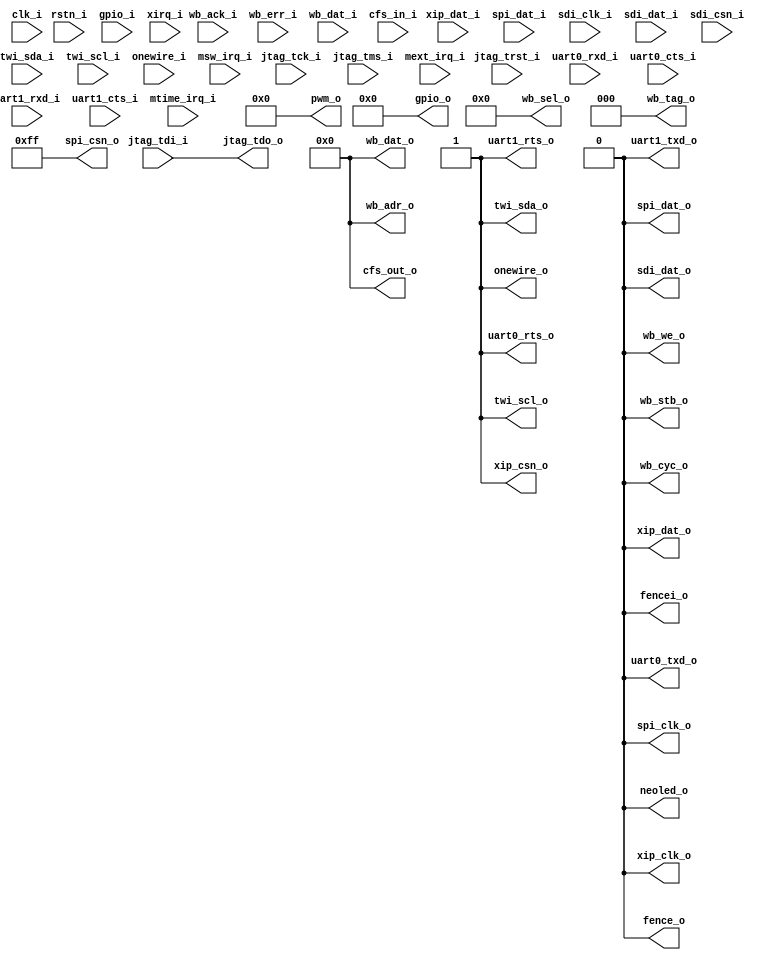
/* Generated by Yosys 0.18+10 (git sha1 131a935a1, gcc 11.2.1 -fPIC -Os) */

module neorv32_top(clk_i, rstn_i, jtag_trst_i, jtag_tck_i, jtag_tdi_i, jtag_tdo_o, jtag_tms_i, wb_we_o, wb_stb_o, wb_cyc_o, wb_ack_i, wb_err_i, fence_o, fencei_o, xip_csn_o, xip_clk_o, xip_dat_i, xip_dat_o, uart0_txd_o, uart0_rxd_i, uart0_rts_o
, uart0_cts_i, uart1_txd_o, uart1_rxd_i, uart1_rts_o, uart1_cts_i, spi_clk_o, spi_dat_o, spi_dat_i, sdi_clk_i, sdi_dat_o, sdi_dat_i, sdi_csn_i, twi_sda_i, twi_sda_o, twi_scl_i, twi_scl_o, onewire_i, onewire_o, neoled_o, mtime_irq_i, msw_irq_i
, mext_irq_i, wb_adr_o, wb_dat_i, wb_dat_o, wb_sel_o, gpio_o, gpio_i, spi_csn_o, pwm_o, cfs_in_i, cfs_out_o, xirq_i, wb_tag_o);
  input [31:0] cfs_in_i;
  output [31:0] cfs_out_o;
  input clk_i;
  output fence_o;
  output fencei_o;
  input [63:0] gpio_i;
  output [63:0] gpio_o;
  input jtag_tck_i;
  input jtag_tdi_i;
  output jtag_tdo_o;
  input jtag_tms_i;
  input jtag_trst_i;
  input mext_irq_i;
  input msw_irq_i;
  input mtime_irq_i;
  output neoled_o;
  input onewire_i;
  output onewire_o;
  output [11:0] pwm_o;
  input rstn_i;
  input sdi_clk_i;
  input sdi_csn_i;
  input sdi_dat_i;
  output sdi_dat_o;
  output spi_clk_o;
  output [7:0] spi_csn_o;
  input spi_dat_i;
  output spi_dat_o;
  input twi_scl_i;
  output twi_scl_o;
  input twi_sda_i;
  output twi_sda_o;
  input uart0_cts_i;
  output uart0_rts_o;
  input uart0_rxd_i;
  output uart0_txd_o;
  input uart1_cts_i;
  output uart1_rts_o;
  input uart1_rxd_i;
  output uart1_txd_o;
  input wb_ack_i;
  output [31:0] wb_adr_o;
  output wb_cyc_o;
  input [31:0] wb_dat_i;
  output [31:0] wb_dat_o;
  input wb_err_i;
  output [3:0] wb_sel_o;
  output wb_stb_o;
  output [2:0] wb_tag_o;
  output wb_we_o;
  output xip_clk_o;
  output xip_csn_o;
  input xip_dat_i;
  output xip_dat_o;
  input [31:0] xirq_i;
  (* src = "/home/users/najeeb.afzal/Desktop/work/RS_work/Raptor_bashing/bashing_0/EDA-JI2/./rtl/core/neorv32_top.vhd:223" *)
  (* src = "/home/users/najeeb.afzal/Desktop/work/RS_work/Raptor_bashing/bashing_0/EDA-JI2/./rtl/core/neorv32_top.vhd:223" *)
  wire [31:0] cfs_in_i;
  (* src = "/home/users/najeeb.afzal/Desktop/work/RS_work/Raptor_bashing/bashing_0/EDA-JI2/./rtl/core/neorv32_top.vhd:224" *)
  (* src = "/home/users/najeeb.afzal/Desktop/work/RS_work/Raptor_bashing/bashing_0/EDA-JI2/./rtl/core/neorv32_top.vhd:224" *)
  wire [31:0] cfs_out_o;
  (* enum_value_0 = "\\\\'0'" *)
  (* enum_value_1 = "\\\\'1'" *)
  (* enum_value_x = "\\\\'U'" *)
  (* enum_value_z = "\\\\'Z'" *)
  (* src = "/home/users/najeeb.afzal/Desktop/work/RS_work/Raptor_bashing/bashing_0/EDA-JI2/./rtl/core/neorv32_top.vhd:149" *)
  (* wiretype = "\\\\std_ulogic" *)
  (* enum_value_0 = "\\\\'0'" *)
  (* enum_value_1 = "\\\\'1'" *)
  (* enum_value_x = "\\\\'U'" *)
  (* enum_value_z = "\\\\'Z'" *)
  (* src = "/home/users/najeeb.afzal/Desktop/work/RS_work/Raptor_bashing/bashing_0/EDA-JI2/./rtl/core/neorv32_top.vhd:149" *)
  (* wiretype = "\\\\std_ulogic" *)
  wire clk_i;
  (* enum_value_0 = "\\\\'0'" *)
  (* enum_value_1 = "\\\\'1'" *)
  (* enum_value_x = "\\\\'U'" *)
  (* enum_value_z = "\\\\'Z'" *)
  (* src = "/home/users/najeeb.afzal/Desktop/work/RS_work/Raptor_bashing/bashing_0/EDA-JI2/./rtl/core/neorv32_top.vhd:172" *)
  (* wiretype = "\\\\std_ulogic" *)
  (* enum_value_0 = "\\\\'0'" *)
  (* enum_value_1 = "\\\\'1'" *)
  (* enum_value_x = "\\\\'U'" *)
  (* enum_value_z = "\\\\'Z'" *)
  (* src = "/home/users/najeeb.afzal/Desktop/work/RS_work/Raptor_bashing/bashing_0/EDA-JI2/./rtl/core/neorv32_top.vhd:172" *)
  (* wiretype = "\\\\std_ulogic" *)
  wire fence_o;
  (* enum_value_0 = "\\\\'0'" *)
  (* enum_value_1 = "\\\\'1'" *)
  (* enum_value_x = "\\\\'U'" *)
  (* enum_value_z = "\\\\'Z'" *)
  (* src = "/home/users/najeeb.afzal/Desktop/work/RS_work/Raptor_bashing/bashing_0/EDA-JI2/./rtl/core/neorv32_top.vhd:173" *)
  (* wiretype = "\\\\std_ulogic" *)
  (* enum_value_0 = "\\\\'0'" *)
  (* enum_value_1 = "\\\\'1'" *)
  (* enum_value_x = "\\\\'U'" *)
  (* enum_value_z = "\\\\'Z'" *)
  (* src = "/home/users/najeeb.afzal/Desktop/work/RS_work/Raptor_bashing/bashing_0/EDA-JI2/./rtl/core/neorv32_top.vhd:173" *)
  (* wiretype = "\\\\std_ulogic" *)
  wire fencei_o;
  (* src = "/home/users/najeeb.afzal/Desktop/work/RS_work/Raptor_bashing/bashing_0/EDA-JI2/./rtl/core/neorv32_top.vhd:183" *)
  (* src = "/home/users/najeeb.afzal/Desktop/work/RS_work/Raptor_bashing/bashing_0/EDA-JI2/./rtl/core/neorv32_top.vhd:183" *)
  wire [63:0] gpio_i;
  (* src = "/home/users/najeeb.afzal/Desktop/work/RS_work/Raptor_bashing/bashing_0/EDA-JI2/./rtl/core/neorv32_top.vhd:182" *)
  (* src = "/home/users/najeeb.afzal/Desktop/work/RS_work/Raptor_bashing/bashing_0/EDA-JI2/./rtl/core/neorv32_top.vhd:182" *)
  wire [63:0] gpio_o;
  (* enum_value_0 = "\\\\'0'" *)
  (* enum_value_1 = "\\\\'1'" *)
  (* enum_value_x = "\\\\'U'" *)
  (* enum_value_z = "\\\\'Z'" *)
  (* src = "/home/users/najeeb.afzal/Desktop/work/RS_work/Raptor_bashing/bashing_0/EDA-JI2/./rtl/core/neorv32_top.vhd:154" *)
  (* wiretype = "\\\\std_ulogic" *)
  (* enum_value_0 = "\\\\'0'" *)
  (* enum_value_1 = "\\\\'1'" *)
  (* enum_value_x = "\\\\'U'" *)
  (* enum_value_z = "\\\\'Z'" *)
  (* src = "/home/users/najeeb.afzal/Desktop/work/RS_work/Raptor_bashing/bashing_0/EDA-JI2/./rtl/core/neorv32_top.vhd:154" *)
  (* wiretype = "\\\\std_ulogic" *)
  wire jtag_tck_i;
  (* enum_value_0 = "\\\\'0'" *)
  (* enum_value_1 = "\\\\'1'" *)
  (* enum_value_x = "\\\\'U'" *)
  (* enum_value_z = "\\\\'Z'" *)
  (* src = "/home/users/najeeb.afzal/Desktop/work/RS_work/Raptor_bashing/bashing_0/EDA-JI2/./rtl/core/neorv32_top.vhd:155" *)
  (* wiretype = "\\\\std_ulogic" *)
  (* enum_value_0 = "\\\\'0'" *)
  (* enum_value_1 = "\\\\'1'" *)
  (* enum_value_x = "\\\\'U'" *)
  (* enum_value_z = "\\\\'Z'" *)
  (* src = "/home/users/najeeb.afzal/Desktop/work/RS_work/Raptor_bashing/bashing_0/EDA-JI2/./rtl/core/neorv32_top.vhd:155" *)
  (* wiretype = "\\\\std_ulogic" *)
  wire jtag_tdi_i;
  (* enum_value_0 = "\\\\'0'" *)
  (* enum_value_1 = "\\\\'1'" *)
  (* enum_value_x = "\\\\'U'" *)
  (* enum_value_z = "\\\\'Z'" *)
  (* src = "/home/users/najeeb.afzal/Desktop/work/RS_work/Raptor_bashing/bashing_0/EDA-JI2/./rtl/core/neorv32_top.vhd:156" *)
  (* wiretype = "\\\\std_ulogic" *)
  (* enum_value_0 = "\\\\'0'" *)
  (* enum_value_1 = "\\\\'1'" *)
  (* enum_value_x = "\\\\'U'" *)
  (* enum_value_z = "\\\\'Z'" *)
  (* src = "/home/users/najeeb.afzal/Desktop/work/RS_work/Raptor_bashing/bashing_0/EDA-JI2/./rtl/core/neorv32_top.vhd:156" *)
  (* wiretype = "\\\\std_ulogic" *)
  wire jtag_tdo_o;
  (* enum_value_0 = "\\\\'0'" *)
  (* enum_value_1 = "\\\\'1'" *)
  (* enum_value_x = "\\\\'U'" *)
  (* enum_value_z = "\\\\'Z'" *)
  (* src = "/home/users/najeeb.afzal/Desktop/work/RS_work/Raptor_bashing/bashing_0/EDA-JI2/./rtl/core/neorv32_top.vhd:157" *)
  (* wiretype = "\\\\std_ulogic" *)
  (* enum_value_0 = "\\\\'0'" *)
  (* enum_value_1 = "\\\\'1'" *)
  (* enum_value_x = "\\\\'U'" *)
  (* enum_value_z = "\\\\'Z'" *)
  (* src = "/home/users/najeeb.afzal/Desktop/work/RS_work/Raptor_bashing/bashing_0/EDA-JI2/./rtl/core/neorv32_top.vhd:157" *)
  (* wiretype = "\\\\std_ulogic" *)
  wire jtag_tms_i;
  (* enum_value_0 = "\\\\'0'" *)
  (* enum_value_1 = "\\\\'1'" *)
  (* enum_value_x = "\\\\'U'" *)
  (* enum_value_z = "\\\\'Z'" *)
  (* src = "/home/users/najeeb.afzal/Desktop/work/RS_work/Raptor_bashing/bashing_0/EDA-JI2/./rtl/core/neorv32_top.vhd:153" *)
  (* wiretype = "\\\\std_ulogic" *)
  (* enum_value_0 = "\\\\'0'" *)
  (* enum_value_1 = "\\\\'1'" *)
  (* enum_value_x = "\\\\'U'" *)
  (* enum_value_z = "\\\\'Z'" *)
  (* src = "/home/users/najeeb.afzal/Desktop/work/RS_work/Raptor_bashing/bashing_0/EDA-JI2/./rtl/core/neorv32_top.vhd:153" *)
  (* wiretype = "\\\\std_ulogic" *)
  wire jtag_trst_i;
  (* enum_value_0 = "\\\\'0'" *)
  (* enum_value_1 = "\\\\'1'" *)
  (* enum_value_x = "\\\\'U'" *)
  (* enum_value_z = "\\\\'Z'" *)
  (* init = 1'h0 *)
  (* src = "/home/users/najeeb.afzal/Desktop/work/RS_work/Raptor_bashing/bashing_0/EDA-JI2/./rtl/core/neorv32_top.vhd:235" *)
  (* wiretype = "\\\\std_ulogic" *)
  (* enum_value_0 = "\\\\'0'" *)
  (* enum_value_1 = "\\\\'1'" *)
  (* enum_value_x = "\\\\'U'" *)
  (* enum_value_z = "\\\\'Z'" *)
  (* init = 1'h0 *)
  (* src = "/home/users/najeeb.afzal/Desktop/work/RS_work/Raptor_bashing/bashing_0/EDA-JI2/./rtl/core/neorv32_top.vhd:235" *)
  (* wiretype = "\\\\std_ulogic" *)
  wire mext_irq_i;
  (* enum_value_0 = "\\\\'0'" *)
  (* enum_value_1 = "\\\\'1'" *)
  (* enum_value_x = "\\\\'U'" *)
  (* enum_value_z = "\\\\'Z'" *)
  (* init = 1'h0 *)
  (* src = "/home/users/najeeb.afzal/Desktop/work/RS_work/Raptor_bashing/bashing_0/EDA-JI2/./rtl/core/neorv32_top.vhd:234" *)
  (* wiretype = "\\\\std_ulogic" *)
  (* enum_value_0 = "\\\\'0'" *)
  (* enum_value_1 = "\\\\'1'" *)
  (* enum_value_x = "\\\\'U'" *)
  (* enum_value_z = "\\\\'Z'" *)
  (* init = 1'h0 *)
  (* src = "/home/users/najeeb.afzal/Desktop/work/RS_work/Raptor_bashing/bashing_0/EDA-JI2/./rtl/core/neorv32_top.vhd:234" *)
  (* wiretype = "\\\\std_ulogic" *)
  wire msw_irq_i;
  (* enum_value_0 = "\\\\'0'" *)
  (* enum_value_1 = "\\\\'1'" *)
  (* enum_value_x = "\\\\'U'" *)
  (* enum_value_z = "\\\\'Z'" *)
  (* init = 1'h0 *)
  (* src = "/home/users/najeeb.afzal/Desktop/work/RS_work/Raptor_bashing/bashing_0/EDA-JI2/./rtl/core/neorv32_top.vhd:233" *)
  (* wiretype = "\\\\std_ulogic" *)
  (* enum_value_0 = "\\\\'0'" *)
  (* enum_value_1 = "\\\\'1'" *)
  (* enum_value_x = "\\\\'U'" *)
  (* enum_value_z = "\\\\'Z'" *)
  (* init = 1'h0 *)
  (* src = "/home/users/najeeb.afzal/Desktop/work/RS_work/Raptor_bashing/bashing_0/EDA-JI2/./rtl/core/neorv32_top.vhd:233" *)
  (* wiretype = "\\\\std_ulogic" *)
  wire mtime_irq_i;
  (* enum_value_0 = "\\\\'0'" *)
  (* enum_value_1 = "\\\\'1'" *)
  (* enum_value_x = "\\\\'U'" *)
  (* enum_value_z = "\\\\'Z'" *)
  (* src = "/home/users/najeeb.afzal/Desktop/work/RS_work/Raptor_bashing/bashing_0/EDA-JI2/./rtl/core/neorv32_top.vhd:227" *)
  (* wiretype = "\\\\std_ulogic" *)
  (* enum_value_0 = "\\\\'0'" *)
  (* enum_value_1 = "\\\\'1'" *)
  (* enum_value_x = "\\\\'U'" *)
  (* enum_value_z = "\\\\'Z'" *)
  (* src = "/home/users/najeeb.afzal/Desktop/work/RS_work/Raptor_bashing/bashing_0/EDA-JI2/./rtl/core/neorv32_top.vhd:227" *)
  (* wiretype = "\\\\std_ulogic" *)
  wire neoled_o;
  (* enum_value_0 = "\\\\'0'" *)
  (* enum_value_1 = "\\\\'1'" *)
  (* enum_value_x = "\\\\'U'" *)
  (* enum_value_z = "\\\\'Z'" *)
  (* init = 1'h1 *)
  (* src = "/home/users/najeeb.afzal/Desktop/work/RS_work/Raptor_bashing/bashing_0/EDA-JI2/./rtl/core/neorv32_top.vhd:216" *)
  (* wiretype = "\\\\std_ulogic" *)
  (* enum_value_0 = "\\\\'0'" *)
  (* enum_value_1 = "\\\\'1'" *)
  (* enum_value_x = "\\\\'U'" *)
  (* enum_value_z = "\\\\'Z'" *)
  (* init = 1'h1 *)
  (* src = "/home/users/najeeb.afzal/Desktop/work/RS_work/Raptor_bashing/bashing_0/EDA-JI2/./rtl/core/neorv32_top.vhd:216" *)
  (* wiretype = "\\\\std_ulogic" *)
  wire onewire_i;
  (* enum_value_0 = "\\\\'0'" *)
  (* enum_value_1 = "\\\\'1'" *)
  (* enum_value_x = "\\\\'U'" *)
  (* enum_value_z = "\\\\'Z'" *)
  (* src = "/home/users/najeeb.afzal/Desktop/work/RS_work/Raptor_bashing/bashing_0/EDA-JI2/./rtl/core/neorv32_top.vhd:217" *)
  (* wiretype = "\\\\std_ulogic" *)
  (* enum_value_0 = "\\\\'0'" *)
  (* enum_value_1 = "\\\\'1'" *)
  (* enum_value_x = "\\\\'U'" *)
  (* enum_value_z = "\\\\'Z'" *)
  (* src = "/home/users/najeeb.afzal/Desktop/work/RS_work/Raptor_bashing/bashing_0/EDA-JI2/./rtl/core/neorv32_top.vhd:217" *)
  (* wiretype = "\\\\std_ulogic" *)
  wire onewire_o;
  (* src = "/home/users/najeeb.afzal/Desktop/work/RS_work/Raptor_bashing/bashing_0/EDA-JI2/./rtl/core/neorv32_top.vhd:220" *)
  (* src = "/home/users/najeeb.afzal/Desktop/work/RS_work/Raptor_bashing/bashing_0/EDA-JI2/./rtl/core/neorv32_top.vhd:220" *)
  wire [11:0] pwm_o;
  (* enum_value_0 = "\\\\'0'" *)
  (* enum_value_1 = "\\\\'1'" *)
  (* enum_value_x = "\\\\'U'" *)
  (* enum_value_z = "\\\\'Z'" *)
  (* src = "/home/users/najeeb.afzal/Desktop/work/RS_work/Raptor_bashing/bashing_0/EDA-JI2/./rtl/core/neorv32_top.vhd:150" *)
  (* wiretype = "\\\\std_ulogic" *)
  (* enum_value_0 = "\\\\'0'" *)
  (* enum_value_1 = "\\\\'1'" *)
  (* enum_value_x = "\\\\'U'" *)
  (* enum_value_z = "\\\\'Z'" *)
  (* src = "/home/users/najeeb.afzal/Desktop/work/RS_work/Raptor_bashing/bashing_0/EDA-JI2/./rtl/core/neorv32_top.vhd:150" *)
  (* wiretype = "\\\\std_ulogic" *)
  wire rstn_i;
  (* enum_value_0 = "\\\\'0'" *)
  (* enum_value_1 = "\\\\'1'" *)
  (* enum_value_x = "\\\\'U'" *)
  (* enum_value_z = "\\\\'Z'" *)
  (* src = "/home/users/najeeb.afzal/Desktop/work/RS_work/Raptor_bashing/bashing_0/EDA-JI2/./rtl/core/neorv32_top.vhd:204" *)
  (* wiretype = "\\\\std_ulogic" *)
  (* enum_value_0 = "\\\\'0'" *)
  (* enum_value_1 = "\\\\'1'" *)
  (* enum_value_x = "\\\\'U'" *)
  (* enum_value_z = "\\\\'Z'" *)
  (* src = "/home/users/najeeb.afzal/Desktop/work/RS_work/Raptor_bashing/bashing_0/EDA-JI2/./rtl/core/neorv32_top.vhd:204" *)
  (* wiretype = "\\\\std_ulogic" *)
  wire sdi_clk_i;
  (* enum_value_0 = "\\\\'0'" *)
  (* enum_value_1 = "\\\\'1'" *)
  (* enum_value_x = "\\\\'U'" *)
  (* enum_value_z = "\\\\'Z'" *)
  (* init = 1'h1 *)
  (* src = "/home/users/najeeb.afzal/Desktop/work/RS_work/Raptor_bashing/bashing_0/EDA-JI2/./rtl/core/neorv32_top.vhd:207" *)
  (* wiretype = "\\\\std_ulogic" *)
  (* enum_value_0 = "\\\\'0'" *)
  (* enum_value_1 = "\\\\'1'" *)
  (* enum_value_x = "\\\\'U'" *)
  (* enum_value_z = "\\\\'Z'" *)
  (* init = 1'h1 *)
  (* src = "/home/users/najeeb.afzal/Desktop/work/RS_work/Raptor_bashing/bashing_0/EDA-JI2/./rtl/core/neorv32_top.vhd:207" *)
  (* wiretype = "\\\\std_ulogic" *)
  wire sdi_csn_i;
  (* enum_value_0 = "\\\\'0'" *)
  (* enum_value_1 = "\\\\'1'" *)
  (* enum_value_x = "\\\\'U'" *)
  (* enum_value_z = "\\\\'Z'" *)
  (* src = "/home/users/najeeb.afzal/Desktop/work/RS_work/Raptor_bashing/bashing_0/EDA-JI2/./rtl/core/neorv32_top.vhd:206" *)
  (* wiretype = "\\\\std_ulogic" *)
  (* enum_value_0 = "\\\\'0'" *)
  (* enum_value_1 = "\\\\'1'" *)
  (* enum_value_x = "\\\\'U'" *)
  (* enum_value_z = "\\\\'Z'" *)
  (* src = "/home/users/najeeb.afzal/Desktop/work/RS_work/Raptor_bashing/bashing_0/EDA-JI2/./rtl/core/neorv32_top.vhd:206" *)
  (* wiretype = "\\\\std_ulogic" *)
  wire sdi_dat_i;
  (* enum_value_0 = "\\\\'0'" *)
  (* enum_value_1 = "\\\\'1'" *)
  (* enum_value_x = "\\\\'U'" *)
  (* enum_value_z = "\\\\'Z'" *)
  (* src = "/home/users/najeeb.afzal/Desktop/work/RS_work/Raptor_bashing/bashing_0/EDA-JI2/./rtl/core/neorv32_top.vhd:205" *)
  (* wiretype = "\\\\std_ulogic" *)
  (* enum_value_0 = "\\\\'0'" *)
  (* enum_value_1 = "\\\\'1'" *)
  (* enum_value_x = "\\\\'U'" *)
  (* enum_value_z = "\\\\'Z'" *)
  (* src = "/home/users/najeeb.afzal/Desktop/work/RS_work/Raptor_bashing/bashing_0/EDA-JI2/./rtl/core/neorv32_top.vhd:205" *)
  (* wiretype = "\\\\std_ulogic" *)
  wire sdi_dat_o;
  (* enum_value_0 = "\\\\'0'" *)
  (* enum_value_1 = "\\\\'1'" *)
  (* enum_value_x = "\\\\'U'" *)
  (* enum_value_z = "\\\\'Z'" *)
  (* src = "/home/users/najeeb.afzal/Desktop/work/RS_work/Raptor_bashing/bashing_0/EDA-JI2/./rtl/core/neorv32_top.vhd:198" *)
  (* wiretype = "\\\\std_ulogic" *)
  (* enum_value_0 = "\\\\'0'" *)
  (* enum_value_1 = "\\\\'1'" *)
  (* enum_value_x = "\\\\'U'" *)
  (* enum_value_z = "\\\\'Z'" *)
  (* src = "/home/users/najeeb.afzal/Desktop/work/RS_work/Raptor_bashing/bashing_0/EDA-JI2/./rtl/core/neorv32_top.vhd:198" *)
  (* wiretype = "\\\\std_ulogic" *)
  wire spi_clk_o;
  (* src = "/home/users/najeeb.afzal/Desktop/work/RS_work/Raptor_bashing/bashing_0/EDA-JI2/./rtl/core/neorv32_top.vhd:201" *)
  (* src = "/home/users/najeeb.afzal/Desktop/work/RS_work/Raptor_bashing/bashing_0/EDA-JI2/./rtl/core/neorv32_top.vhd:201" *)
  wire [7:0] spi_csn_o;
  (* enum_value_0 = "\\\\'0'" *)
  (* enum_value_1 = "\\\\'1'" *)
  (* enum_value_x = "\\\\'U'" *)
  (* enum_value_z = "\\\\'Z'" *)
  (* src = "/home/users/najeeb.afzal/Desktop/work/RS_work/Raptor_bashing/bashing_0/EDA-JI2/./rtl/core/neorv32_top.vhd:200" *)
  (* wiretype = "\\\\std_ulogic" *)
  (* enum_value_0 = "\\\\'0'" *)
  (* enum_value_1 = "\\\\'1'" *)
  (* enum_value_x = "\\\\'U'" *)
  (* enum_value_z = "\\\\'Z'" *)
  (* src = "/home/users/najeeb.afzal/Desktop/work/RS_work/Raptor_bashing/bashing_0/EDA-JI2/./rtl/core/neorv32_top.vhd:200" *)
  (* wiretype = "\\\\std_ulogic" *)
  wire spi_dat_i;
  (* enum_value_0 = "\\\\'0'" *)
  (* enum_value_1 = "\\\\'1'" *)
  (* enum_value_x = "\\\\'U'" *)
  (* enum_value_z = "\\\\'Z'" *)
  (* src = "/home/users/najeeb.afzal/Desktop/work/RS_work/Raptor_bashing/bashing_0/EDA-JI2/./rtl/core/neorv32_top.vhd:199" *)
  (* wiretype = "\\\\std_ulogic" *)
  (* enum_value_0 = "\\\\'0'" *)
  (* enum_value_1 = "\\\\'1'" *)
  (* enum_value_x = "\\\\'U'" *)
  (* enum_value_z = "\\\\'Z'" *)
  (* src = "/home/users/najeeb.afzal/Desktop/work/RS_work/Raptor_bashing/bashing_0/EDA-JI2/./rtl/core/neorv32_top.vhd:199" *)
  (* wiretype = "\\\\std_ulogic" *)
  wire spi_dat_o;
  (* enum_value_0 = "\\\\'0'" *)
  (* enum_value_1 = "\\\\'1'" *)
  (* enum_value_x = "\\\\'U'" *)
  (* enum_value_z = "\\\\'Z'" *)
  (* init = 1'h1 *)
  (* src = "/home/users/najeeb.afzal/Desktop/work/RS_work/Raptor_bashing/bashing_0/EDA-JI2/./rtl/core/neorv32_top.vhd:212" *)
  (* wiretype = "\\\\std_ulogic" *)
  (* enum_value_0 = "\\\\'0'" *)
  (* enum_value_1 = "\\\\'1'" *)
  (* enum_value_x = "\\\\'U'" *)
  (* enum_value_z = "\\\\'Z'" *)
  (* init = 1'h1 *)
  (* src = "/home/users/najeeb.afzal/Desktop/work/RS_work/Raptor_bashing/bashing_0/EDA-JI2/./rtl/core/neorv32_top.vhd:212" *)
  (* wiretype = "\\\\std_ulogic" *)
  wire twi_scl_i;
  (* enum_value_0 = "\\\\'0'" *)
  (* enum_value_1 = "\\\\'1'" *)
  (* enum_value_x = "\\\\'U'" *)
  (* enum_value_z = "\\\\'Z'" *)
  (* src = "/home/users/najeeb.afzal/Desktop/work/RS_work/Raptor_bashing/bashing_0/EDA-JI2/./rtl/core/neorv32_top.vhd:213" *)
  (* wiretype = "\\\\std_ulogic" *)
  (* enum_value_0 = "\\\\'0'" *)
  (* enum_value_1 = "\\\\'1'" *)
  (* enum_value_x = "\\\\'U'" *)
  (* enum_value_z = "\\\\'Z'" *)
  (* src = "/home/users/najeeb.afzal/Desktop/work/RS_work/Raptor_bashing/bashing_0/EDA-JI2/./rtl/core/neorv32_top.vhd:213" *)
  (* wiretype = "\\\\std_ulogic" *)
  wire twi_scl_o;
  (* enum_value_0 = "\\\\'0'" *)
  (* enum_value_1 = "\\\\'1'" *)
  (* enum_value_x = "\\\\'U'" *)
  (* enum_value_z = "\\\\'Z'" *)
  (* init = 1'h1 *)
  (* src = "/home/users/najeeb.afzal/Desktop/work/RS_work/Raptor_bashing/bashing_0/EDA-JI2/./rtl/core/neorv32_top.vhd:210" *)
  (* wiretype = "\\\\std_ulogic" *)
  (* enum_value_0 = "\\\\'0'" *)
  (* enum_value_1 = "\\\\'1'" *)
  (* enum_value_x = "\\\\'U'" *)
  (* enum_value_z = "\\\\'Z'" *)
  (* init = 1'h1 *)
  (* src = "/home/users/najeeb.afzal/Desktop/work/RS_work/Raptor_bashing/bashing_0/EDA-JI2/./rtl/core/neorv32_top.vhd:210" *)
  (* wiretype = "\\\\std_ulogic" *)
  wire twi_sda_i;
  (* enum_value_0 = "\\\\'0'" *)
  (* enum_value_1 = "\\\\'1'" *)
  (* enum_value_x = "\\\\'U'" *)
  (* enum_value_z = "\\\\'Z'" *)
  (* src = "/home/users/najeeb.afzal/Desktop/work/RS_work/Raptor_bashing/bashing_0/EDA-JI2/./rtl/core/neorv32_top.vhd:211" *)
  (* wiretype = "\\\\std_ulogic" *)
  (* enum_value_0 = "\\\\'0'" *)
  (* enum_value_1 = "\\\\'1'" *)
  (* enum_value_x = "\\\\'U'" *)
  (* enum_value_z = "\\\\'Z'" *)
  (* src = "/home/users/najeeb.afzal/Desktop/work/RS_work/Raptor_bashing/bashing_0/EDA-JI2/./rtl/core/neorv32_top.vhd:211" *)
  (* wiretype = "\\\\std_ulogic" *)
  wire twi_sda_o;
  (* enum_value_0 = "\\\\'0'" *)
  (* enum_value_1 = "\\\\'1'" *)
  (* enum_value_x = "\\\\'U'" *)
  (* enum_value_z = "\\\\'Z'" *)
  (* init = 1'h0 *)
  (* src = "/home/users/najeeb.afzal/Desktop/work/RS_work/Raptor_bashing/bashing_0/EDA-JI2/./rtl/core/neorv32_top.vhd:189" *)
  (* wiretype = "\\\\std_ulogic" *)
  (* enum_value_0 = "\\\\'0'" *)
  (* enum_value_1 = "\\\\'1'" *)
  (* enum_value_x = "\\\\'U'" *)
  (* enum_value_z = "\\\\'Z'" *)
  (* init = 1'h0 *)
  (* src = "/home/users/najeeb.afzal/Desktop/work/RS_work/Raptor_bashing/bashing_0/EDA-JI2/./rtl/core/neorv32_top.vhd:189" *)
  (* wiretype = "\\\\std_ulogic" *)
  wire uart0_cts_i;
  (* enum_value_0 = "\\\\'0'" *)
  (* enum_value_1 = "\\\\'1'" *)
  (* enum_value_x = "\\\\'U'" *)
  (* enum_value_z = "\\\\'Z'" *)
  (* src = "/home/users/najeeb.afzal/Desktop/work/RS_work/Raptor_bashing/bashing_0/EDA-JI2/./rtl/core/neorv32_top.vhd:188" *)
  (* wiretype = "\\\\std_ulogic" *)
  (* enum_value_0 = "\\\\'0'" *)
  (* enum_value_1 = "\\\\'1'" *)
  (* enum_value_x = "\\\\'U'" *)
  (* enum_value_z = "\\\\'Z'" *)
  (* src = "/home/users/najeeb.afzal/Desktop/work/RS_work/Raptor_bashing/bashing_0/EDA-JI2/./rtl/core/neorv32_top.vhd:188" *)
  (* wiretype = "\\\\std_ulogic" *)
  wire uart0_rts_o;
  (* enum_value_0 = "\\\\'0'" *)
  (* enum_value_1 = "\\\\'1'" *)
  (* enum_value_x = "\\\\'U'" *)
  (* enum_value_z = "\\\\'Z'" *)
  (* src = "/home/users/najeeb.afzal/Desktop/work/RS_work/Raptor_bashing/bashing_0/EDA-JI2/./rtl/core/neorv32_top.vhd:187" *)
  (* wiretype = "\\\\std_ulogic" *)
  (* enum_value_0 = "\\\\'0'" *)
  (* enum_value_1 = "\\\\'1'" *)
  (* enum_value_x = "\\\\'U'" *)
  (* enum_value_z = "\\\\'Z'" *)
  (* src = "/home/users/najeeb.afzal/Desktop/work/RS_work/Raptor_bashing/bashing_0/EDA-JI2/./rtl/core/neorv32_top.vhd:187" *)
  (* wiretype = "\\\\std_ulogic" *)
  wire uart0_rxd_i;
  (* enum_value_0 = "\\\\'0'" *)
  (* enum_value_1 = "\\\\'1'" *)
  (* enum_value_x = "\\\\'U'" *)
  (* enum_value_z = "\\\\'Z'" *)
  (* src = "/home/users/najeeb.afzal/Desktop/work/RS_work/Raptor_bashing/bashing_0/EDA-JI2/./rtl/core/neorv32_top.vhd:186" *)
  (* wiretype = "\\\\std_ulogic" *)
  (* enum_value_0 = "\\\\'0'" *)
  (* enum_value_1 = "\\\\'1'" *)
  (* enum_value_x = "\\\\'U'" *)
  (* enum_value_z = "\\\\'Z'" *)
  (* src = "/home/users/najeeb.afzal/Desktop/work/RS_work/Raptor_bashing/bashing_0/EDA-JI2/./rtl/core/neorv32_top.vhd:186" *)
  (* wiretype = "\\\\std_ulogic" *)
  wire uart0_txd_o;
  (* enum_value_0 = "\\\\'0'" *)
  (* enum_value_1 = "\\\\'1'" *)
  (* enum_value_x = "\\\\'U'" *)
  (* enum_value_z = "\\\\'Z'" *)
  (* init = 1'h0 *)
  (* src = "/home/users/najeeb.afzal/Desktop/work/RS_work/Raptor_bashing/bashing_0/EDA-JI2/./rtl/core/neorv32_top.vhd:195" *)
  (* wiretype = "\\\\std_ulogic" *)
  (* enum_value_0 = "\\\\'0'" *)
  (* enum_value_1 = "\\\\'1'" *)
  (* enum_value_x = "\\\\'U'" *)
  (* enum_value_z = "\\\\'Z'" *)
  (* init = 1'h0 *)
  (* src = "/home/users/najeeb.afzal/Desktop/work/RS_work/Raptor_bashing/bashing_0/EDA-JI2/./rtl/core/neorv32_top.vhd:195" *)
  (* wiretype = "\\\\std_ulogic" *)
  wire uart1_cts_i;
  (* enum_value_0 = "\\\\'0'" *)
  (* enum_value_1 = "\\\\'1'" *)
  (* enum_value_x = "\\\\'U'" *)
  (* enum_value_z = "\\\\'Z'" *)
  (* src = "/home/users/najeeb.afzal/Desktop/work/RS_work/Raptor_bashing/bashing_0/EDA-JI2/./rtl/core/neorv32_top.vhd:194" *)
  (* wiretype = "\\\\std_ulogic" *)
  (* enum_value_0 = "\\\\'0'" *)
  (* enum_value_1 = "\\\\'1'" *)
  (* enum_value_x = "\\\\'U'" *)
  (* enum_value_z = "\\\\'Z'" *)
  (* src = "/home/users/najeeb.afzal/Desktop/work/RS_work/Raptor_bashing/bashing_0/EDA-JI2/./rtl/core/neorv32_top.vhd:194" *)
  (* wiretype = "\\\\std_ulogic" *)
  wire uart1_rts_o;
  (* enum_value_0 = "\\\\'0'" *)
  (* enum_value_1 = "\\\\'1'" *)
  (* enum_value_x = "\\\\'U'" *)
  (* enum_value_z = "\\\\'Z'" *)
  (* src = "/home/users/najeeb.afzal/Desktop/work/RS_work/Raptor_bashing/bashing_0/EDA-JI2/./rtl/core/neorv32_top.vhd:193" *)
  (* wiretype = "\\\\std_ulogic" *)
  (* enum_value_0 = "\\\\'0'" *)
  (* enum_value_1 = "\\\\'1'" *)
  (* enum_value_x = "\\\\'U'" *)
  (* enum_value_z = "\\\\'Z'" *)
  (* src = "/home/users/najeeb.afzal/Desktop/work/RS_work/Raptor_bashing/bashing_0/EDA-JI2/./rtl/core/neorv32_top.vhd:193" *)
  (* wiretype = "\\\\std_ulogic" *)
  wire uart1_rxd_i;
  (* enum_value_0 = "\\\\'0'" *)
  (* enum_value_1 = "\\\\'1'" *)
  (* enum_value_x = "\\\\'U'" *)
  (* enum_value_z = "\\\\'Z'" *)
  (* src = "/home/users/najeeb.afzal/Desktop/work/RS_work/Raptor_bashing/bashing_0/EDA-JI2/./rtl/core/neorv32_top.vhd:192" *)
  (* wiretype = "\\\\std_ulogic" *)
  (* enum_value_0 = "\\\\'0'" *)
  (* enum_value_1 = "\\\\'1'" *)
  (* enum_value_x = "\\\\'U'" *)
  (* enum_value_z = "\\\\'Z'" *)
  (* src = "/home/users/najeeb.afzal/Desktop/work/RS_work/Raptor_bashing/bashing_0/EDA-JI2/./rtl/core/neorv32_top.vhd:192" *)
  (* wiretype = "\\\\std_ulogic" *)
  wire uart1_txd_o;
  (* enum_value_0 = "\\\\'0'" *)
  (* enum_value_1 = "\\\\'1'" *)
  (* enum_value_x = "\\\\'U'" *)
  (* enum_value_z = "\\\\'Z'" *)
  (* init = 1'h0 *)
  (* src = "/home/users/najeeb.afzal/Desktop/work/RS_work/Raptor_bashing/bashing_0/EDA-JI2/./rtl/core/neorv32_top.vhd:168" *)
  (* wiretype = "\\\\std_ulogic" *)
  (* enum_value_0 = "\\\\'0'" *)
  (* enum_value_1 = "\\\\'1'" *)
  (* enum_value_x = "\\\\'U'" *)
  (* enum_value_z = "\\\\'Z'" *)
  (* init = 1'h0 *)
  (* src = "/home/users/najeeb.afzal/Desktop/work/RS_work/Raptor_bashing/bashing_0/EDA-JI2/./rtl/core/neorv32_top.vhd:168" *)
  (* wiretype = "\\\\std_ulogic" *)
  wire wb_ack_i;
  (* src = "/home/users/najeeb.afzal/Desktop/work/RS_work/Raptor_bashing/bashing_0/EDA-JI2/./rtl/core/neorv32_top.vhd:161" *)
  (* src = "/home/users/najeeb.afzal/Desktop/work/RS_work/Raptor_bashing/bashing_0/EDA-JI2/./rtl/core/neorv32_top.vhd:161" *)
  wire [31:0] wb_adr_o;
  (* enum_value_0 = "\\\\'0'" *)
  (* enum_value_1 = "\\\\'1'" *)
  (* enum_value_x = "\\\\'U'" *)
  (* enum_value_z = "\\\\'Z'" *)
  (* src = "/home/users/najeeb.afzal/Desktop/work/RS_work/Raptor_bashing/bashing_0/EDA-JI2/./rtl/core/neorv32_top.vhd:167" *)
  (* wiretype = "\\\\std_ulogic" *)
  (* enum_value_0 = "\\\\'0'" *)
  (* enum_value_1 = "\\\\'1'" *)
  (* enum_value_x = "\\\\'U'" *)
  (* enum_value_z = "\\\\'Z'" *)
  (* src = "/home/users/najeeb.afzal/Desktop/work/RS_work/Raptor_bashing/bashing_0/EDA-JI2/./rtl/core/neorv32_top.vhd:167" *)
  (* wiretype = "\\\\std_ulogic" *)
  wire wb_cyc_o;
  (* src = "/home/users/najeeb.afzal/Desktop/work/RS_work/Raptor_bashing/bashing_0/EDA-JI2/./rtl/core/neorv32_top.vhd:162" *)
  (* src = "/home/users/najeeb.afzal/Desktop/work/RS_work/Raptor_bashing/bashing_0/EDA-JI2/./rtl/core/neorv32_top.vhd:162" *)
  wire [31:0] wb_dat_i;
  (* src = "/home/users/najeeb.afzal/Desktop/work/RS_work/Raptor_bashing/bashing_0/EDA-JI2/./rtl/core/neorv32_top.vhd:163" *)
  (* src = "/home/users/najeeb.afzal/Desktop/work/RS_work/Raptor_bashing/bashing_0/EDA-JI2/./rtl/core/neorv32_top.vhd:163" *)
  wire [31:0] wb_dat_o;
  (* enum_value_0 = "\\\\'0'" *)
  (* enum_value_1 = "\\\\'1'" *)
  (* enum_value_x = "\\\\'U'" *)
  (* enum_value_z = "\\\\'Z'" *)
  (* init = 1'h0 *)
  (* src = "/home/users/najeeb.afzal/Desktop/work/RS_work/Raptor_bashing/bashing_0/EDA-JI2/./rtl/core/neorv32_top.vhd:169" *)
  (* wiretype = "\\\\std_ulogic" *)
  (* enum_value_0 = "\\\\'0'" *)
  (* enum_value_1 = "\\\\'1'" *)
  (* enum_value_x = "\\\\'U'" *)
  (* enum_value_z = "\\\\'Z'" *)
  (* init = 1'h0 *)
  (* src = "/home/users/najeeb.afzal/Desktop/work/RS_work/Raptor_bashing/bashing_0/EDA-JI2/./rtl/core/neorv32_top.vhd:169" *)
  (* wiretype = "\\\\std_ulogic" *)
  wire wb_err_i;
  (* src = "/home/users/najeeb.afzal/Desktop/work/RS_work/Raptor_bashing/bashing_0/EDA-JI2/./rtl/core/neorv32_top.vhd:165" *)
  (* src = "/home/users/najeeb.afzal/Desktop/work/RS_work/Raptor_bashing/bashing_0/EDA-JI2/./rtl/core/neorv32_top.vhd:165" *)
  wire [3:0] wb_sel_o;
  (* enum_value_0 = "\\\\'0'" *)
  (* enum_value_1 = "\\\\'1'" *)
  (* enum_value_x = "\\\\'U'" *)
  (* enum_value_z = "\\\\'Z'" *)
  (* src = "/home/users/najeeb.afzal/Desktop/work/RS_work/Raptor_bashing/bashing_0/EDA-JI2/./rtl/core/neorv32_top.vhd:166" *)
  (* wiretype = "\\\\std_ulogic" *)
  (* enum_value_0 = "\\\\'0'" *)
  (* enum_value_1 = "\\\\'1'" *)
  (* enum_value_x = "\\\\'U'" *)
  (* enum_value_z = "\\\\'Z'" *)
  (* src = "/home/users/najeeb.afzal/Desktop/work/RS_work/Raptor_bashing/bashing_0/EDA-JI2/./rtl/core/neorv32_top.vhd:166" *)
  (* wiretype = "\\\\std_ulogic" *)
  wire wb_stb_o;
  (* src = "/home/users/najeeb.afzal/Desktop/work/RS_work/Raptor_bashing/bashing_0/EDA-JI2/./rtl/core/neorv32_top.vhd:160" *)
  (* src = "/home/users/najeeb.afzal/Desktop/work/RS_work/Raptor_bashing/bashing_0/EDA-JI2/./rtl/core/neorv32_top.vhd:160" *)
  wire [2:0] wb_tag_o;
  (* enum_value_0 = "\\\\'0'" *)
  (* enum_value_1 = "\\\\'1'" *)
  (* enum_value_x = "\\\\'U'" *)
  (* enum_value_z = "\\\\'Z'" *)
  (* src = "/home/users/najeeb.afzal/Desktop/work/RS_work/Raptor_bashing/bashing_0/EDA-JI2/./rtl/core/neorv32_top.vhd:164" *)
  (* wiretype = "\\\\std_ulogic" *)
  (* enum_value_0 = "\\\\'0'" *)
  (* enum_value_1 = "\\\\'1'" *)
  (* enum_value_x = "\\\\'U'" *)
  (* enum_value_z = "\\\\'Z'" *)
  (* src = "/home/users/najeeb.afzal/Desktop/work/RS_work/Raptor_bashing/bashing_0/EDA-JI2/./rtl/core/neorv32_top.vhd:164" *)
  (* wiretype = "\\\\std_ulogic" *)
  wire wb_we_o;
  (* enum_value_0 = "\\\\'0'" *)
  (* enum_value_1 = "\\\\'1'" *)
  (* enum_value_x = "\\\\'U'" *)
  (* enum_value_z = "\\\\'Z'" *)
  (* src = "/home/users/najeeb.afzal/Desktop/work/RS_work/Raptor_bashing/bashing_0/EDA-JI2/./rtl/core/neorv32_top.vhd:177" *)
  (* wiretype = "\\\\std_ulogic" *)
  (* enum_value_0 = "\\\\'0'" *)
  (* enum_value_1 = "\\\\'1'" *)
  (* enum_value_x = "\\\\'U'" *)
  (* enum_value_z = "\\\\'Z'" *)
  (* src = "/home/users/najeeb.afzal/Desktop/work/RS_work/Raptor_bashing/bashing_0/EDA-JI2/./rtl/core/neorv32_top.vhd:177" *)
  (* wiretype = "\\\\std_ulogic" *)
  wire xip_clk_o;
  (* enum_value_0 = "\\\\'0'" *)
  (* enum_value_1 = "\\\\'1'" *)
  (* enum_value_x = "\\\\'U'" *)
  (* enum_value_z = "\\\\'Z'" *)
  (* src = "/home/users/najeeb.afzal/Desktop/work/RS_work/Raptor_bashing/bashing_0/EDA-JI2/./rtl/core/neorv32_top.vhd:176" *)
  (* wiretype = "\\\\std_ulogic" *)
  (* enum_value_0 = "\\\\'0'" *)
  (* enum_value_1 = "\\\\'1'" *)
  (* enum_value_x = "\\\\'U'" *)
  (* enum_value_z = "\\\\'Z'" *)
  (* src = "/home/users/najeeb.afzal/Desktop/work/RS_work/Raptor_bashing/bashing_0/EDA-JI2/./rtl/core/neorv32_top.vhd:176" *)
  (* wiretype = "\\\\std_ulogic" *)
  wire xip_csn_o;
  (* enum_value_0 = "\\\\'0'" *)
  (* enum_value_1 = "\\\\'1'" *)
  (* enum_value_x = "\\\\'U'" *)
  (* enum_value_z = "\\\\'Z'" *)
  (* init = 1'h0 *)
  (* src = "/home/users/najeeb.afzal/Desktop/work/RS_work/Raptor_bashing/bashing_0/EDA-JI2/./rtl/core/neorv32_top.vhd:178" *)
  (* wiretype = "\\\\std_ulogic" *)
  (* enum_value_0 = "\\\\'0'" *)
  (* enum_value_1 = "\\\\'1'" *)
  (* enum_value_x = "\\\\'U'" *)
  (* enum_value_z = "\\\\'Z'" *)
  (* init = 1'h0 *)
  (* src = "/home/users/najeeb.afzal/Desktop/work/RS_work/Raptor_bashing/bashing_0/EDA-JI2/./rtl/core/neorv32_top.vhd:178" *)
  (* wiretype = "\\\\std_ulogic" *)
  wire xip_dat_i;
  (* enum_value_0 = "\\\\'0'" *)
  (* enum_value_1 = "\\\\'1'" *)
  (* enum_value_x = "\\\\'U'" *)
  (* enum_value_z = "\\\\'Z'" *)
  (* src = "/home/users/najeeb.afzal/Desktop/work/RS_work/Raptor_bashing/bashing_0/EDA-JI2/./rtl/core/neorv32_top.vhd:179" *)
  (* wiretype = "\\\\std_ulogic" *)
  (* enum_value_0 = "\\\\'0'" *)
  (* enum_value_1 = "\\\\'1'" *)
  (* enum_value_x = "\\\\'U'" *)
  (* enum_value_z = "\\\\'Z'" *)
  (* src = "/home/users/najeeb.afzal/Desktop/work/RS_work/Raptor_bashing/bashing_0/EDA-JI2/./rtl/core/neorv32_top.vhd:179" *)
  (* wiretype = "\\\\std_ulogic" *)
  wire xip_dat_o;
  (* init = 32'd0 *)
  (* src = "/home/users/najeeb.afzal/Desktop/work/RS_work/Raptor_bashing/bashing_0/EDA-JI2/./rtl/core/neorv32_top.vhd:230" *)
  (* init = 32'd0 *)
  (* src = "/home/users/najeeb.afzal/Desktop/work/RS_work/Raptor_bashing/bashing_0/EDA-JI2/./rtl/core/neorv32_top.vhd:230" *)
  wire [31:0] xirq_i;
  assign neoled_o = 1'h0;
  assign gpio_o = 64'h0000000000000000;
  assign fencei_o = 1'h0;
  assign fence_o = 1'h0;
  assign pwm_o = 12'h000;
  assign spi_clk_o = 1'h0;
  assign spi_csn_o = 8'hff;
  assign spi_dat_o = 1'h0;
  assign onewire_o = 1'h1;
  assign twi_scl_o = 1'h1;
  assign twi_sda_o = 1'h1;
  assign jtag_tdo_o = jtag_tdi_i;
  assign uart0_rts_o = 1'h1;
  assign uart0_txd_o = 1'h0;
  assign uart1_rts_o = 1'h1;
  assign uart1_txd_o = 1'h0;
  assign wb_adr_o = 32'd0;
  assign wb_cyc_o = 1'h0;
  assign wb_dat_o = 32'd0;
  assign wb_sel_o = 4'h0;
  assign wb_stb_o = 1'h0;
  assign wb_tag_o = 3'h0;
  assign wb_we_o = 1'h0;
  assign cfs_out_o = 32'd0;
  assign sdi_dat_o = 1'h0;
  assign xip_clk_o = 1'h0;
  assign xip_csn_o = 1'h1;
  assign xip_dat_o = 1'h0;
endmodule